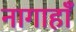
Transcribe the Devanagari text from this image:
नागाहाँ